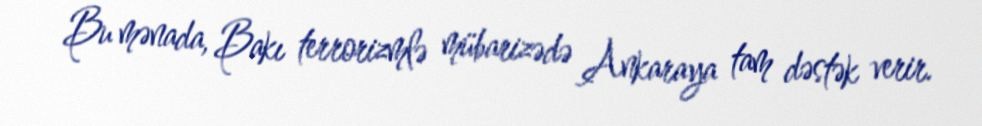
Bu mənada, Bakı terrorizmlə mübarizədə Ankaraya tam dəstək verir.